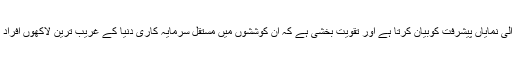
خط ترقی پذیر دنیا میں ہونے والی نمایاں پیشرفت کوبیان کرتا ہے اور تقویت بخشی ہے کہ ان کوششوں میں مستقل سرمایہ کاری دنیا کے غریب ترین لاکھوں افراد کی زندگی میں تبدیلی لائی ہے۔